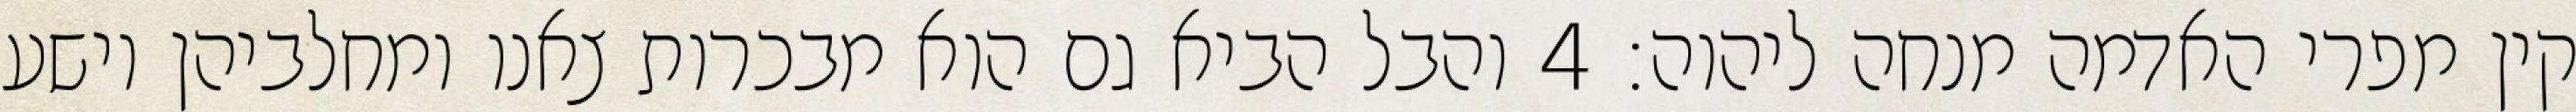
קין מפרי האדמה מנחה ליהוה׃ ‎4‏ והבל הביא גם הוא מבכרות צאנו ומחלביהן וישע